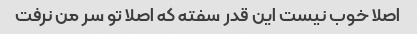
اصلا خوب نیست این قدر سفته که اصلا تو سر من نرفت